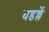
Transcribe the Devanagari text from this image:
धडल्लें